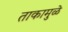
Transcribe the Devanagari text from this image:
ताकामुळे